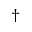
\dagger